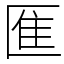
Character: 龨